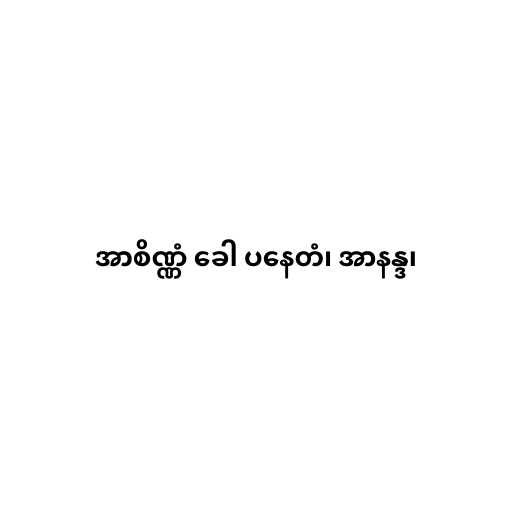
အာစိဏ္ဏံ ခေါ ပနေတံ၊ အာနန္ဒ၊